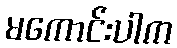
မကောင်းပါက